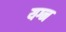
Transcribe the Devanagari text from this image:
यग्न